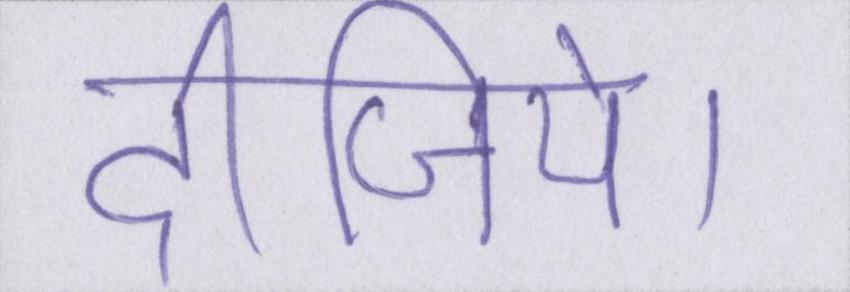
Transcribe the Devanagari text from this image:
दीजिये।